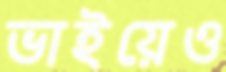
ভাইয়েও